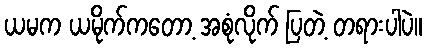
ယမက ယမိုက်ကတော့ အစုံလိုက် ပြတဲ့ တရားပါပဲ။